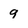
Character: 9